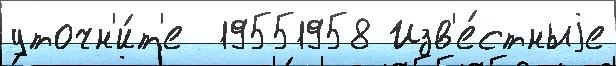
уточн'и́т'е  19551958 Изв'е́стныjе